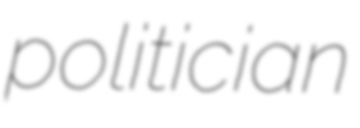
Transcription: politician